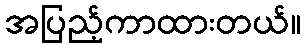
အပြည့်ကာထားတယ်။